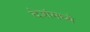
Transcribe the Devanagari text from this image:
देशंमध्ये